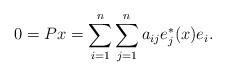
LaTeX: \begin{align*} 0 = Px = \sum_{i=1}^{n}\sum_{j=1}^n a_{ij} e^*_j(x) e_i. \end{align*}